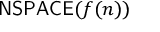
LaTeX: { \mathsf { N S P A C E } } ( f ( n ) )